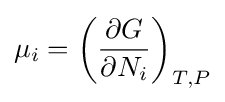
\mu _{i}=\left({\frac {\partial G}{\partial N_{i}}}\right)_{T,P}